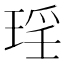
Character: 𭹠